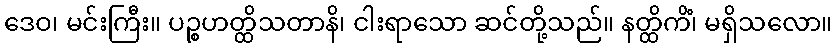
ဒေဝ၊ မင်းကြီး။ ပဉ္စဟတ္ထိသတာနိ၊ ငါးရာသော ဆင်တို့သည်။ နတ္ထိကိံ၊ မရှိသလော။